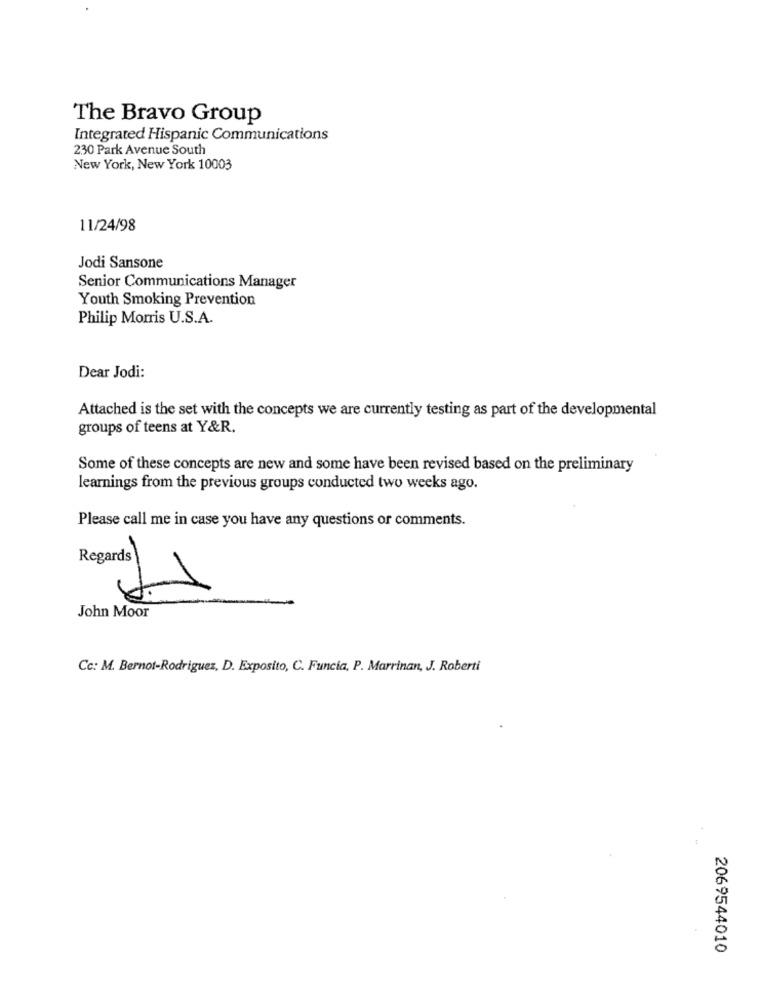
The Bravo Group
Integrated Hispanic Communications
230 Park Avenue South
New York, New York 10003
11/24/98
Jodi Sansone
Senior Communications Manager
Youth Smoking Prevention
Philip Morris U.S.A.
Dear Jodi:
Attached is the set with the concepts we are currently testing as part of the developmental
groups of teens at Y&R.
Some of these concepts are new and some have been revised based on the preliminary
learnings from the previous groups conducted two weeks ago.
Please call me in case you have any questions or comments.
Regards
Regards
John Moor
Cc: M. Bernot-Rodriguez, D. Exposito, C. Funcia, P. Marrinan, J. Roberti
2069544010